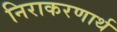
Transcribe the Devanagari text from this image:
निराकरणार्थ